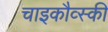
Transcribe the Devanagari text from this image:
चाइकौव्स्की